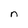
Character: n